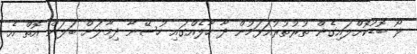
ލޯ ބޮޑުކޮށްލައިގެން ތުރުތުރުއަޅަމުން ދާ ހާލެއްގައި ހުސޭނާ ދިމާލަށް ބަލަން އޮތް އެ